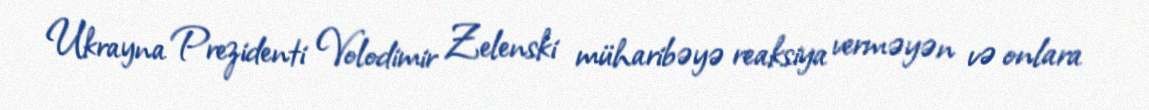
Ukrayna Prezidenti Volodimir Zelenski müharibəyə reaksiya verməyən və onlara